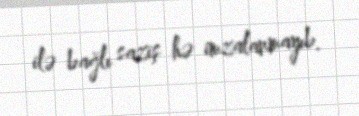
ilə bağlı saziş hə imzalanmayıb.